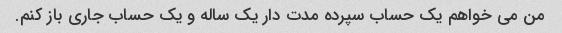
من می خواهم یک حساب سپرده مدت دار یک ساله و یک حساب جاری باز کنم.